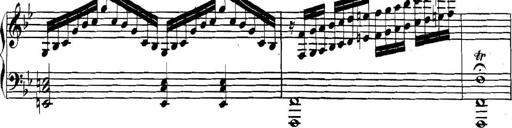
Title: Collected Piano Sonatas
Composer: Muzio Clementi